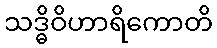
သဒ္ဓိဝိဟာရိကောတိ